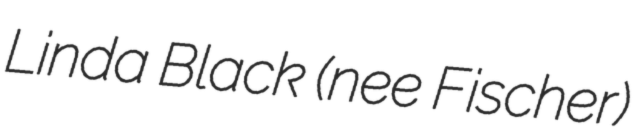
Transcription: Linda Black (nee Fischer)